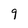
Character: 9